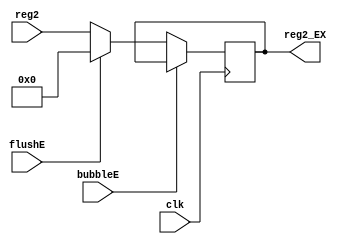
`timescale 1ns / 1ps
//////////////////////////////////////////////////////////////////////////////////
// Company: USTC ESLAB
// 
// Design Name: RV32I Core
// Module Name: Register 2 Seg Reg
// Tool Versions: Vivado 2017.4.1
// Description: Register 2 Seg Reg for ID\EX
// 
//////////////////////////////////////////////////////////////////////////////////


//  
    // ID\EX
// 
    // clk               
    // reg2              General Register File2
    // bubbleE           EXbubble
    // flushE            EXflush
// 
    // reg2_EX           2
//   
    // 


module Reg2_EX(
    input wire clk, bubbleE, flushE,
    input wire [31:0] reg2,
    output reg [31:0] reg2_EX
    );

    initial reg2_EX = 0;
    
    always@(posedge clk)
        if (!bubbleE) 
        begin
            if (flushE)
                reg2_EX <= 0;
            else 
                reg2_EX <= reg2;
        end
    
endmodule